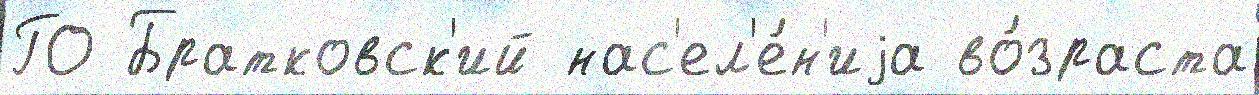
ГО Братковск'ий нас'ел'е́н'иjа во́зраста